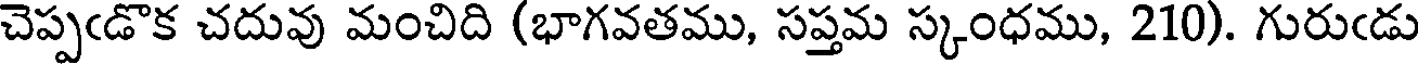
చెప్పఁడొక చదువు మంచిది (భాగవతము, సప్తమ స్కంధము, 210). గురుఁడు